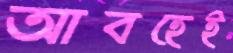
আবহেই